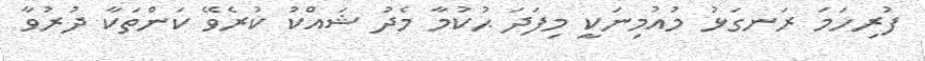
ފުރިހަމަ ރަނގަޅު މުއުމިނަކީ މިފަދަ ޙުކުމާ މެދު ޝައްކު ކުރެވޭ ކަންތަކާ ދުރުވާ